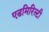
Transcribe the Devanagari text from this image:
एडमिरिल्टी